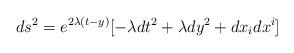
LaTeX: \begin{align*}ds^{2}=e^{2\lambda (t-y)}[-\lambda dt^{2}+\lambda dy^{2}+dx_i dx^i]\end{align*}